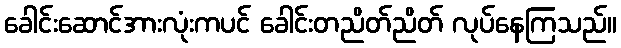
ခေါင်းဆောင်အားလုံးကပင် ခေါင်းတညိတ်ညိတ် လုပ်နေကြသည်။